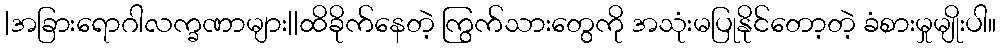
|အခြားရောဂါလက္ခဏာများ||ထိခိုက်နေတဲ့ ကြွက်သားတွေကို အသုံးမပြုနိုင်တော့တဲ့ ခံစားမှုမျိုးပါ။